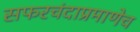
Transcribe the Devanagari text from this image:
सफरचंदाप्रमाणेच